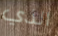
الذي